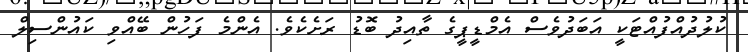
ކުލުދުއްފުއްޓަކީ އަބަދުވެސް އެމްޑީޕީގެ ތާއިިދު ބޮޑު ރަށެކެވެ. އެންމެ ފަހުން ބޭއްވި ކައުންސިލް